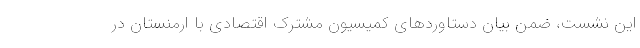
این نشست، ضمن بیان دستاوردهای کمیسیون مشترک اقتصادی با ارمنستان در